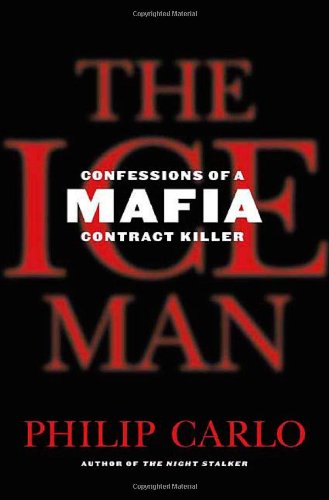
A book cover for The Ice Man: Confessions of a Mafia Contract Killer; Philip Carlo; Biographies & Memoirs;